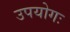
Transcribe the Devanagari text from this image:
उपयोगः